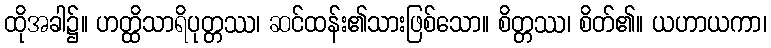
ထိုအခါ၌။ ဟတ္ထိသာရိပုတ္တဿ၊ ဆင်ထန်း၏သားဖြစ်သော။ စိတ္တဿ၊ စိတ်၏။ ယဟာယကာ၊